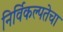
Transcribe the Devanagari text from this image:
निर्विकल्पतेचा